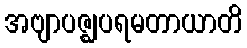
အဗျာပဇ္ဈပရမတာယာတိ